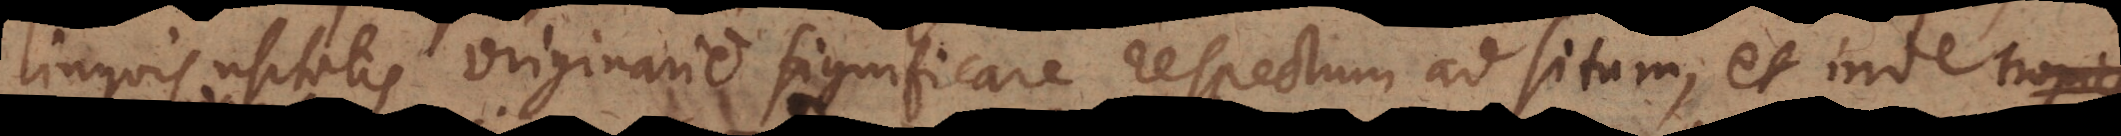
linguis usitatis originarie significare respectum ad situm, et inde t